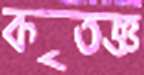
কৃতজ্ঞ